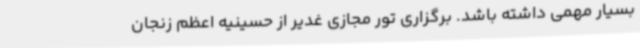
بسیار مهمی داشته باشد. برگزاری تور مجازی غدیر از حسینیه اعظم زنجان